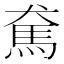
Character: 𩡷